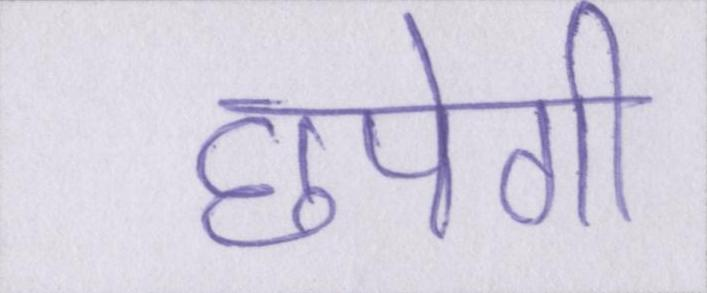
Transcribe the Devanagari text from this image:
छपेगी